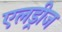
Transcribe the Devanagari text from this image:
एलड्रीज